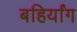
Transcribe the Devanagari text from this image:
बहिर्यांग